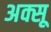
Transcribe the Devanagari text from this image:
अक्सू